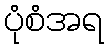
ပုံစံအရ